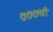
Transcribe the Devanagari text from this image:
७७७ची